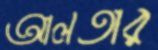
আলতার